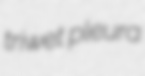
triwet pleura